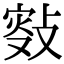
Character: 𢾐